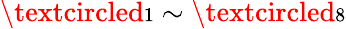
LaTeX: \textcircled{\scriptsize{1}}\sim\textcircled{\scriptsize{8}}